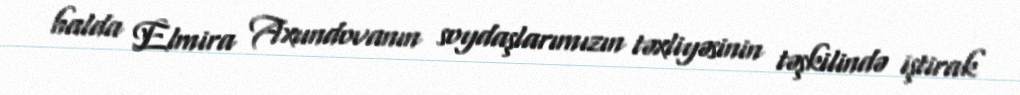
halda Elmira Axundovanın soydaşlarımızın təxliyəsinin təşkilində iştirak